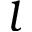
l